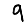
Digit: 9